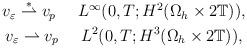
LaTeX: \begin{align*}\begin{gathered}v_\varepsilon \buildrel\ast\over\rightharpoonup v_p ~~~ ~ L^\infty(0,T; H^2(\Omega_h\times 2\mathbb T)), \\v_\varepsilon \rightharpoonup v_p ~~~ ~ L^2(0,T; H^3(\Omega_h\times 2\mathbb T)),\end{gathered}\end{align*}